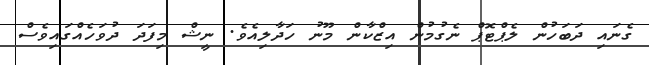
ގެނައި ދަބަހުން ލެޕްޓޮޕް ނެގުމުން އިޒްކާން މޫނު ހަދާލިއެވެ. ނީޝް މިފަދަ ދުވަހެއްގައިވެސް